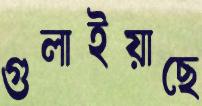
গুলাইয়াছে